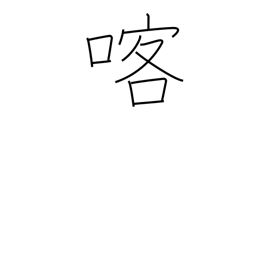
Meaning: vomit